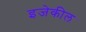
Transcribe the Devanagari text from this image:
इजेकील